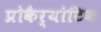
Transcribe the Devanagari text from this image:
प्रोकैर्योटिक